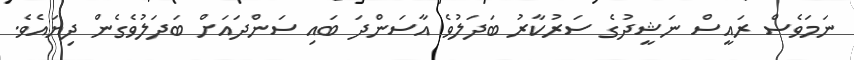
ނަމަވެސް ރައީސް ނަޝީދުގެ ސަރުކާރު ބަދަލުވެ އާސަންދަ ބައި ސަންދައަށް ބަދަލުވެގެން ދިޔައެވެ.